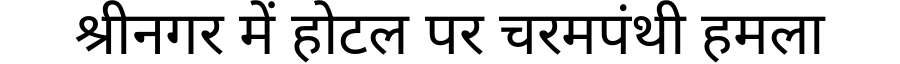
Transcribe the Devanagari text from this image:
श्रीनगर में होटल पर चरमपंथी हमला